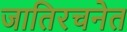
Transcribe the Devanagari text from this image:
जातिरचनेत